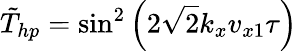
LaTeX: \tilde{T}_{hp}=\sin^{2}\left(2\sqrt{2}k_{x}v_{x1}\tau\right)